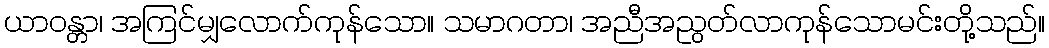
ယာဝန္တာ၊ အကြင်မျှလောက်ကုန်သော။ သမာဂတာ၊ အညီအညွတ်လာကုန်သောမင်းတို့သည်။